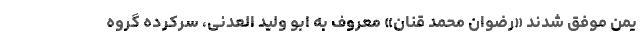
یمن موفق شدند «رضوان محمد قنان» معروف به ابو ولید العدنی، سرکرده گروه